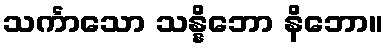
သင်္ကာသော သန္နိဘော နိဘော။